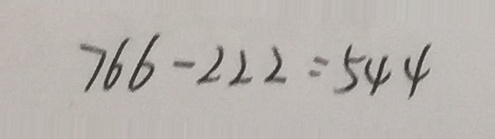
7 6 6 - 2 2 2 = 5 4 4